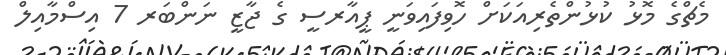
މެޗްގެ މޮޅު ކުޅުންތެރިއަކަށް ހޮވިފައިވަނީ ޕީއާރސީ ގެ ޖާޒީ ނަންބަރ 7 އިސްމާއިލް